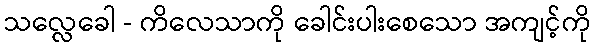
သလ္လေခေါ - ကိလေသာကို ခေါင်းပါးစေသော အကျင့်ကို